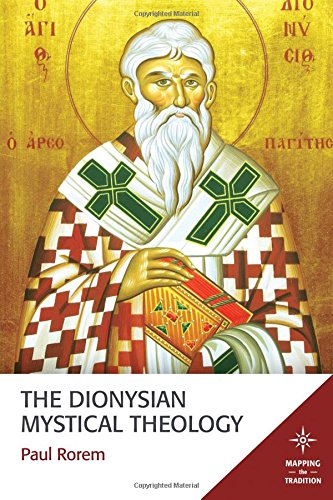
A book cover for The Dionysian Mystical Theology (Mapping the Tradition); Paul Rorem; Christian Books & Bibles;